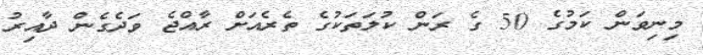
މިނިވަން ކަމުގެ 50 ގެ ރަން ކުލަތަކުގެ ތެރެއަށް ރާއްޖެ ވަދެގެން ދާއިރު